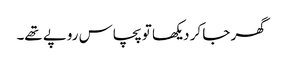
گھر جا کر دیکھا تو پچاس روپے تھے۔